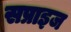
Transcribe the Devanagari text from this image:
सप्राइज